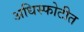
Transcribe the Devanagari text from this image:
अधिस्फोटीत